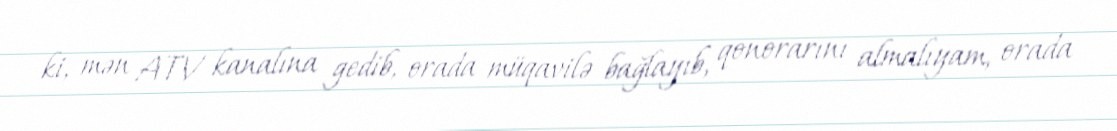
ki, mən ATV kanalına gedib, orada müqavilə bağlayıb, qonorarını almalıyam, orada